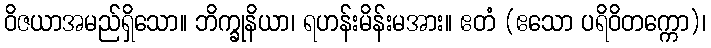
ဝိဇယာအမည်ရှိသော။ ဘိက္ခုနိယာ၊ ရဟန်းမိန်းမအား။ ဧတံ (ဧသော ပရိဝိတက္ကော)၊